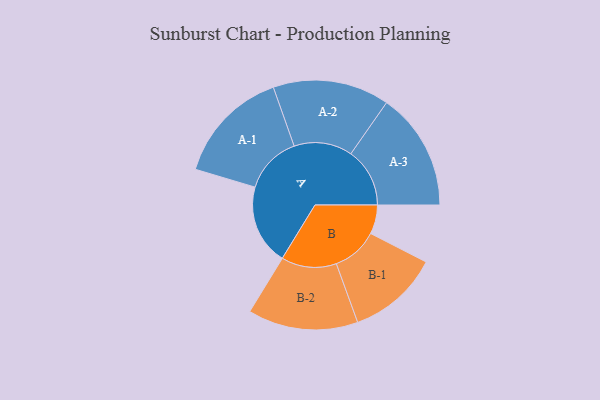
{"axis": {"x": "Segment", "y": "Value"}, "legend": ["", "A", "B"], "data": [{"x": "A", "y": 382, "type": ""}, {"x": "B", "y": 138, "type": ""}, {"x": "A-1", "y": 274, "type": "A"}, {"x": "A-2", "y": 277, "type": "A"}, {"x": "A-3", "y": 280, "type": "A"}, {"x": "B-1", "y": 218, "type": "B"}, {"x": "B-2", "y": 262, "type": "B"}]}